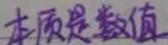
本质是数值